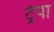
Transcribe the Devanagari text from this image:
ट्रेपा